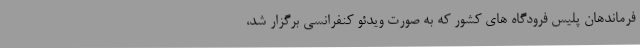
فرماندهان پلیس فرودگاه های کشور که به صورت ویدئو کنفرانسی برگزار شد،